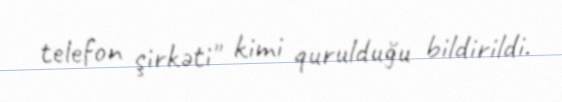
telefon şirkəti" kimi qurulduğu bildirildi.